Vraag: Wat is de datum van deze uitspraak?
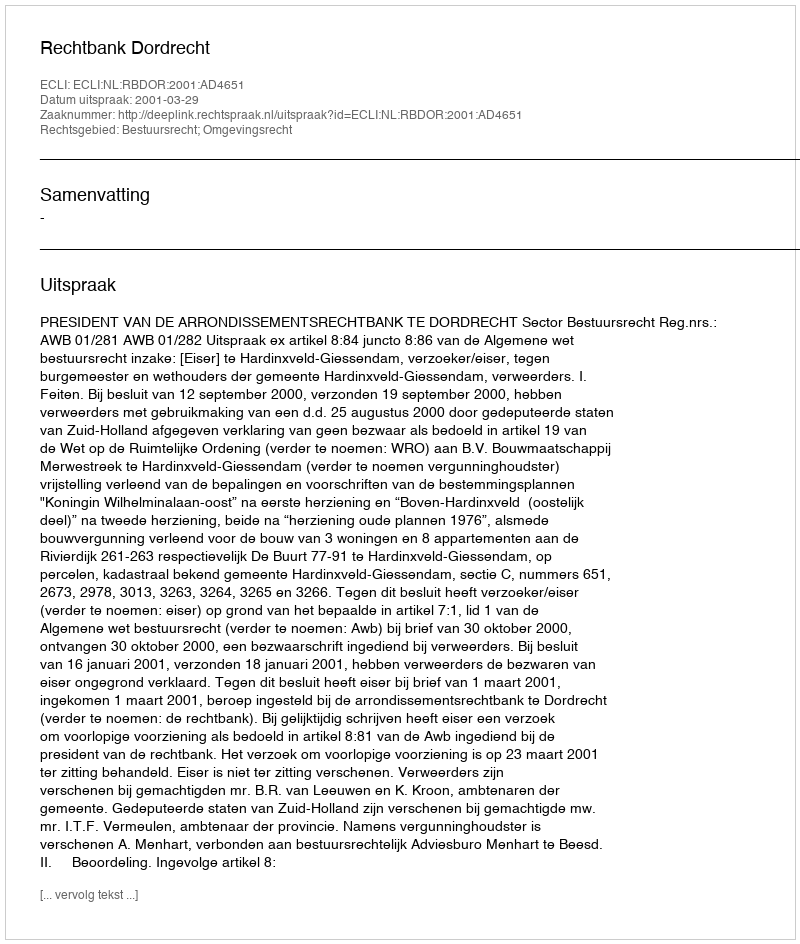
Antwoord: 2001-03-29